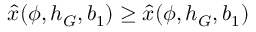
\hat { x } ( \phi , h _ { G } , b _ { 1 } ) \geq \hat { x } ( \phi , h _ { G } , b _ { 1 } )